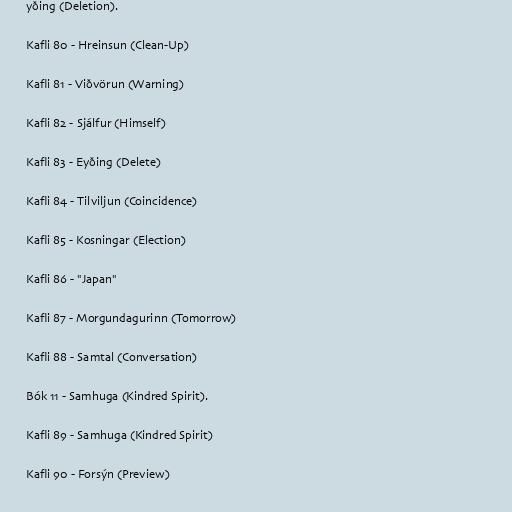
yðing (Deletion).

Kafli 80 - Hreinsun (Clean-Up)

Kafli 81 - Viðvörun (Warning)

Kafli 82 - Sjálfur (Himself)

Kafli 83 - Eyðing (Delete)

Kafli 84 - Tilviljun (Coincidence)

Kafli 85 - Kosningar (Election)

Kafli 86 - "Japan"

Kafli 87 - Morgundagurinn (Tomorrow)

Kafli 88 - Samtal (Conversation)

Bók 11 - Samhuga (Kindred Spirit).

Kafli 89 - Samhuga (Kindred Spirit)

Kafli 90 - Forsýn (Preview)